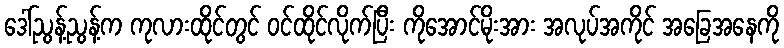
ဒေါ်ညွန့်ညွန့်က ကုလားထိုင်တွင် ဝင်ထိုင်လိုက်ပြီး ကိုအောင်မိုးအား အလုပ်အကိုင် အခြေအနေကို